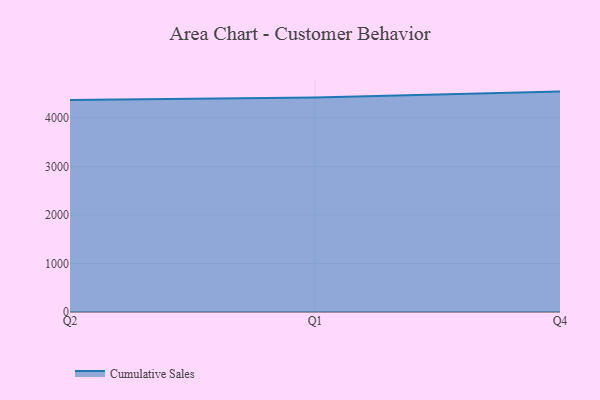
{"axis": {"x": "Quarter", "y": "Tickets Resolved"}, "legend": ["Cumulative Sales"], "data": [{"x": "Q2", "y": 4368.7, "type": "Cumulative Sales"}, {"x": "Q1", "y": 4423.1, "type": "Cumulative Sales"}, {"x": "Q4", "y": 4544.2, "type": "Cumulative Sales"}]}